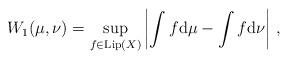
LaTeX: \begin{align*}W_1(\mu, \nu) = \sup_{f \in \mathrm{Lip}(X)} \left| \int f \mathrm d \mu - \int f \mathrm d \nu\right|\,,\end{align*}